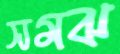
সমঝ